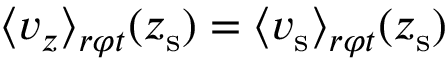
\langle v _ { z } \rangle _ { r \varphi t } ( z _ { \mathrm { s } } ) = \langle v _ { \mathrm { s } } \rangle _ { r \varphi t } ( z _ { \mathrm { s } } )